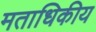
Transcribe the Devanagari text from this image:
मताधिकीय